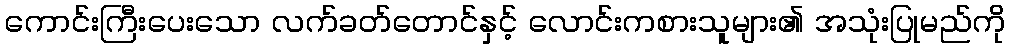
ကောင်းကြီးပေးသော လက်ခတ်တောင်နှင့် လောင်းကစားသူများ၏ အသုံးပြုမည်ကို